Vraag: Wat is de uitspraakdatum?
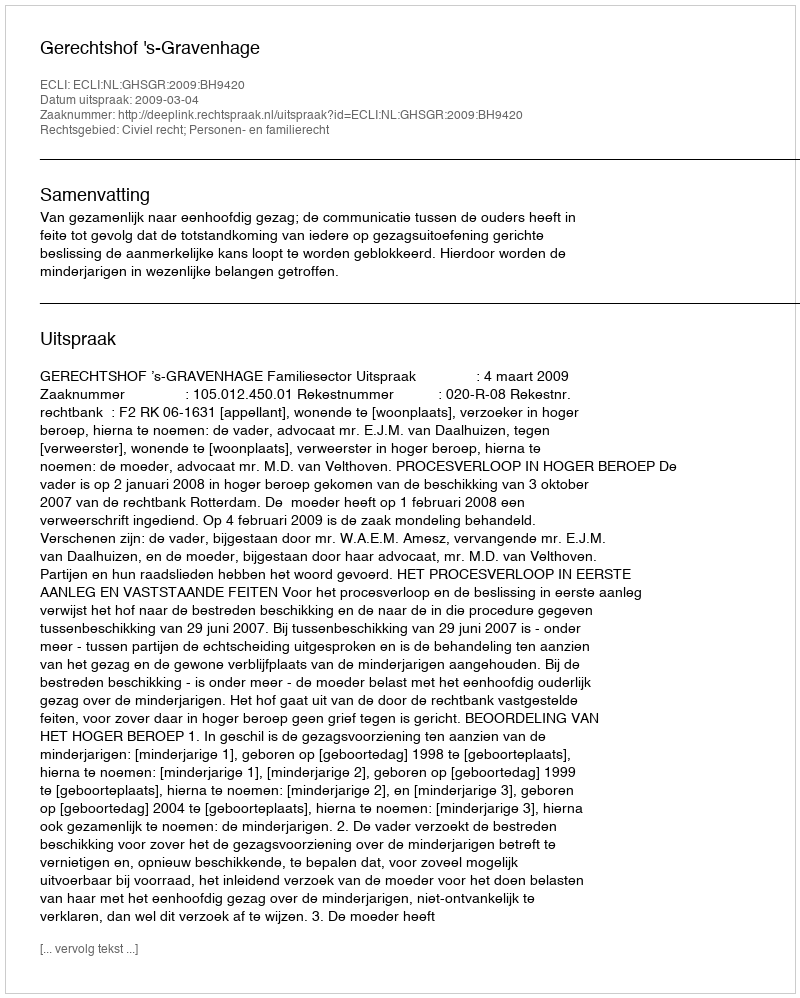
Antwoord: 2009-03-04